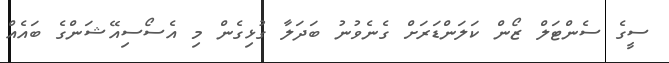
ސީގެ ސެންޓަލް ޒޯން ކަލަންޑަރަށް ގެނެވުނު ބަދަލާ ގުޅިގެން މި އެސޯސިއޭޝަންގެ ބައެއް